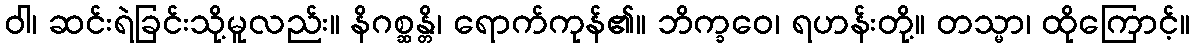
ဝါ၊ ဆင်းရဲခြင်းသို့မူလည်း။ နိဂစ္ဆန္တိ၊ ရောက်ကုန်၏။ ဘိက္ခဝေ၊ ရဟန်းတို့။ တသ္မာ၊ ထိုကြောင့်။